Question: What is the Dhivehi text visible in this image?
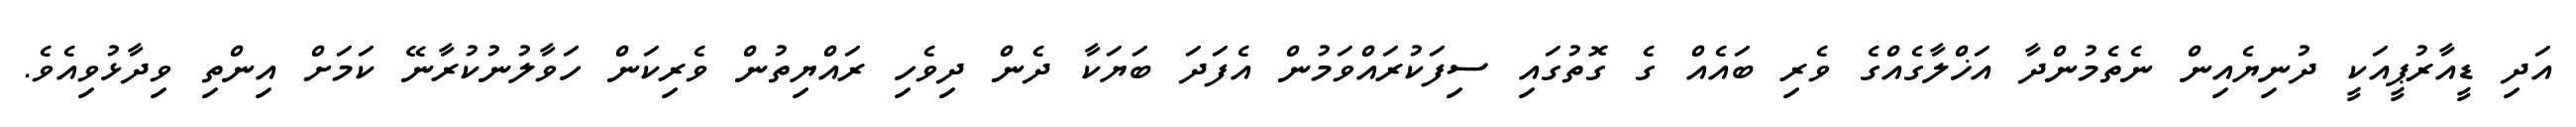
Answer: އަދި ޑީއާރުޕީއަކީ ދުނިޔެއިން ނެތެމުންދާ އަޚްލާގެއްގެ ވެރި ބައެއް ގެ ގޮތުގައި ސިފަކުރައްވަމުން އެފަދަ ބަޔަކާ ދެން ދިވެހި ރައްޔިތުން ވެރިކަން ހަވާލުނުކުރާނޭ ކަމަށް އިންތި ވިދާޅުވިއެވެ.